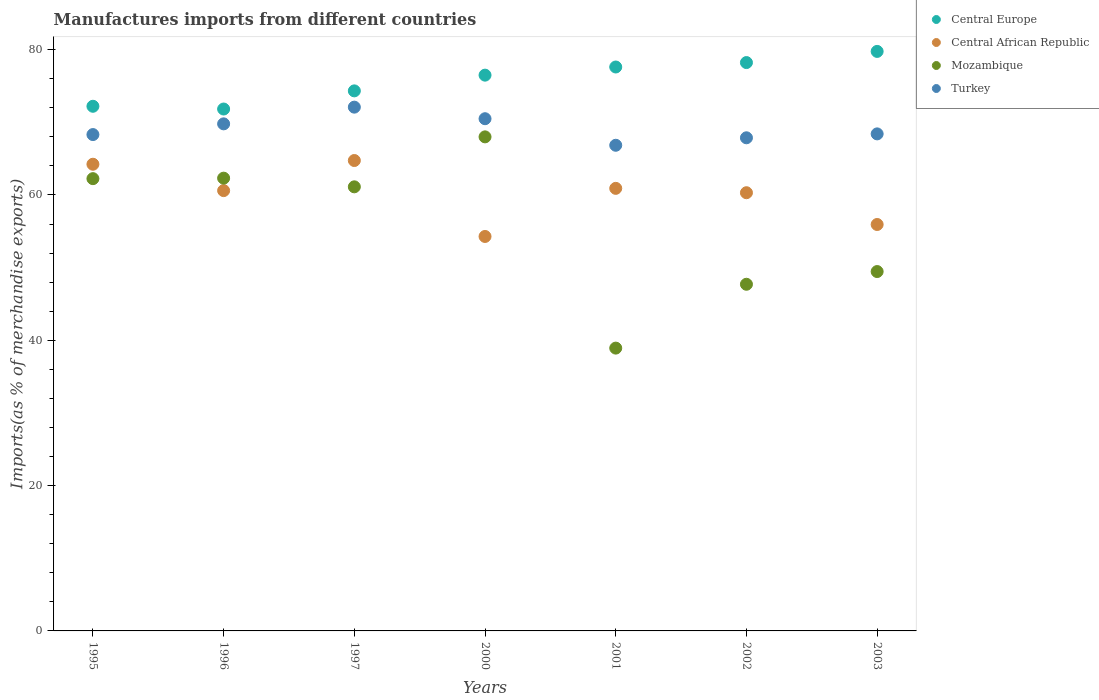
| Years | Central Europe | Central African Republic | Mozambique | Turkey |
 | --- | --- | --- | --- | --- |
 | 1995 | 72.2 | 64.2 | 62.2 | 68.3 |
 | 1996 | 71.8 | 60.6 | 62.3 | 69.8 |
 | 1997 | 74.3 | 64.7 | 61.1 | 72.1 |
 | 2000 | 76.5 | 54.3 | 68 | 70.5 |
 | 2001 | 77.6 | 60.9 | 38.9 | 66.8 |
 | 2002 | 78.2 | 60.3 | 47.7 | 67.9 |
 | 2003 | 79.8 | 55.9 | 49.5 | 68.4 |